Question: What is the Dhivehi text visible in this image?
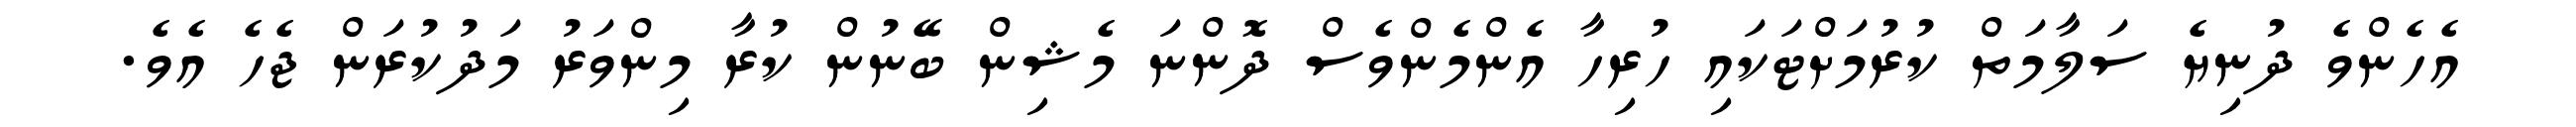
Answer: އެހެންވެ ދުނިޔެ ސަލާމަތް ކުރުމަށްޓަކައި ހުރިހާ އެންމެންވެސް ދޮންނަ މެޝިން ބޭނުން ކުރާ މިންވަރު މަދުކުރަން ޖެހެ އެވެ.